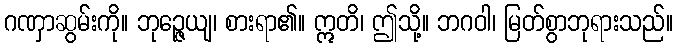
ဂဏှာဆွမ်းကို။ ဘုဉ္ဇေယျ၊ စားရာ၏။ ဣတိ၊ ဤသို့။ ဘဂဝါ၊ မြတ်စွာဘုရားသည်။